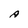
Character: A